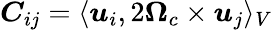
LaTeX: \boldsymbol{C}_{ij}=\langle\boldsymbol{u}_{i},2\boldsymbol{\Omega}_{c}\times\boldsymbol{u}_{j}\rangle_{V}